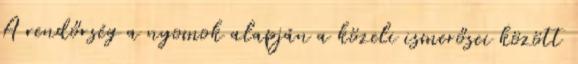
A rendőrség a nyomok alapján a közeli ismerősei között